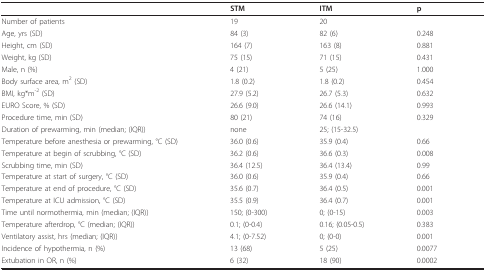
<table><thead><tr><td></td><td><b>STM</b></td><td><b>ITM</b></td><td><b>p</b></td></tr></thead><tbody><tr><td>Number of patients</td><td>19</td><td>20</td><td></td></tr><tr><td>Age, yrs (SD)</td><td>84 (3)</td><td>82 (6)</td><td>0.248</td></tr><tr><td>Height, cm (SD)</td><td>164 (7)</td><td>163 (8)</td><td>0.881</td></tr><tr><td>Weight, kg (SD)</td><td>75 (15)</td><td>71 (15)</td><td>0.431</td></tr><tr><td>Male, n (%)</td><td>4 (21)</td><td>5 (25)</td><td>1.000</td></tr><tr><td>Body surface area, m<sup>2 </sup>(SD)</td><td>1.8 (0.2)</td><td>1.8 (0.2)</td><td>0.454</td></tr><tr><td>BMI, kg*m<sup>-2 </sup>(SD)</td><td>27.9 (5.2)</td><td>26.7 (5.3)</td><td>0.632</td></tr><tr><td>EURO Score, % (SD)</td><td>26.6 (9.0)</td><td>26.6 (14.1)</td><td>0.993</td></tr><tr><td>Procedure time, min (SD)</td><td>80 (21)</td><td>74 (16)</td><td>0.329</td></tr><tr><td>Duration of prewarming, min (median; (IQR))</td><td>none</td><td>25; (15-32.5)</td><td></td></tr><tr><td>Temperature before anesthesia or prewarming, °C (SD)</td><td>36.0 (0.6)</td><td>35.9 (0.4)</td><td>0.66</td></tr><tr><td>Temperature at begin of scrubbing, °C (SD)</td><td>36.2 (0.6)</td><td>36.6 (0.3)</td><td>0.008</td></tr><tr><td>Scrubbing time, min (SD)</td><td>36.4 (12.5)</td><td>36.4 (13.4)</td><td>0.99</td></tr><tr><td>Temperature at start of surgery, °C (SD)</td><td>36.0 (0.6)</td><td>35.9 (0.4)</td><td>0.66</td></tr><tr><td>Temperature at end of procedure, °C (SD)</td><td>35.6 (0.7)</td><td>36.4 (0.5)</td><td>0.001</td></tr><tr><td>Temperature at ICU admission, °C (SD)</td><td>35.5 (0.9)</td><td>36.4 (0.7)</td><td>0.001</td></tr><tr><td>Time until normothermia, min (median; (IQR))</td><td>150; (0-300)</td><td>0; (0-15)</td><td>0.003</td></tr><tr><td>Temperature afterdrop, °C (median; (IQR))</td><td>0.1; (0-0.4)</td><td>0.16; (0.05-0.5)</td><td>0.383</td></tr><tr><td>Ventilatory assist, hrs (median; (IQR))</td><td>4.1; (0-7.52)</td><td>0; (0-0)</td><td>0.001</td></tr><tr><td>Incidence of hypothermia, n (%)</td><td>13 (68)</td><td>5 (25)</td><td>0.0077</td></tr><tr><td>Extubation in OR, n (%)</td><td>6 (32)</td><td>18 (90)</td><td>0.0002</td></tr></tbody></table>